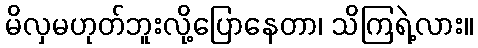
မိလှမဟုတ်ဘူးလို့ပြောနေတာ၊ သိကြရဲ့လား။